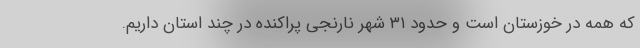
که همه در خوزستان است و حدود ۳۱ شهر نارنجی پراکنده در چند استان داریم.